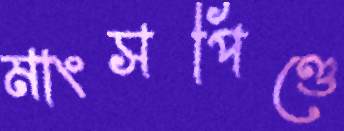
মাংসপিণ্ডে